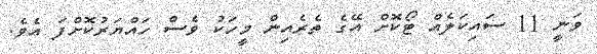
ވަނީ 11 ސައިކަލެއް ޓޯކޮށް އޭގެ ތެރެއިން މީހަކު ވެސް ހައްޔަރުކޮށްފަ އެވެ.